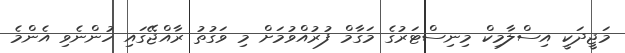
މަޖީދަކީ އިސްލާމިކް މިނިސްޓަރުގެ މަގާމް ފުރުއްވުމަށް މި ވަގުތު ރާއްޖޭގައި ހުންނެވި އެންމެ